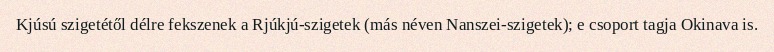
Kjúsú szigetétől délre fekszenek a Rjúkjú-szigetek (más néven Nanszei-szigetek); e csoport tagja Okinava is.